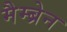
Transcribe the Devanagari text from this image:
मैम्ब्रेन